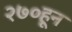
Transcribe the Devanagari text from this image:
२७०हून